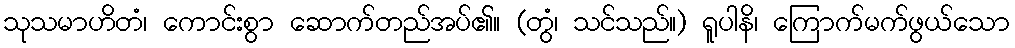
သုသမာဟိတံ၊ ကောင်းစွာ ဆောက်တည်အပ်၏။ (တွံ၊ သင်သည်။) ရူပါနိ၊ ကြောက်မက်ဖွယ်သော